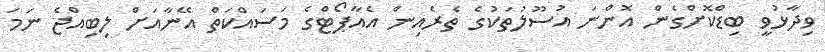
ވިދާޅުވީ ބިޑްކޮށްގެން އޮންނަ އުސޫލުތަކުގެ ތެރެއިން އެއާޕޯޓްގެ މަސައްކަތް އޭނާއަށް ލިބިއްޖެ ނަމަ